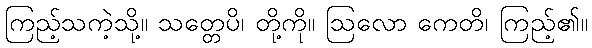
ကြည့်သကဲ့သို့။ သတ္တေပိ၊ တို့ကို။ ဩလော ကေတိ၊ ကြည့်၏။